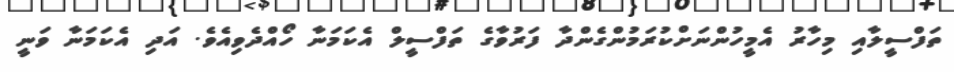
ތަފްސީލާއި މިހާރު އެމީހުންނަށްކުރަމުންގެންދާ ފަރުވާގެ ތަފްސީލް އެކަމަނާ ހޯއްދެވިއެވެ. އަދި އެކަމަނާ ވަނީ